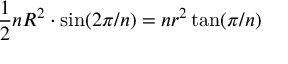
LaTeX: { \frac { 1 } { 2 } } n R ^ { 2 } \cdot \sin ( 2 \pi / n ) = n r ^ { 2 } \tan ( \pi / n ) \,